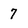
Character: 7